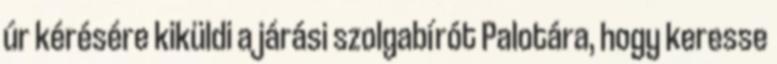
úr kérésére kiküldi a járási szolgabírót Palotára, hogy keresse